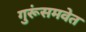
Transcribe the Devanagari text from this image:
गुरूंसमवेत